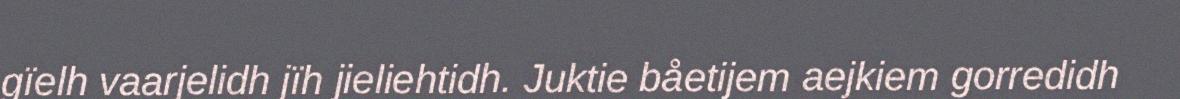
gïelh vaarjelidh jïh jieliehtidh. Juktie båetijem aejkiem gorredidh